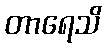
တာရေသိ